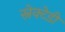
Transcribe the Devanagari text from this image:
स्नेक्टेडी